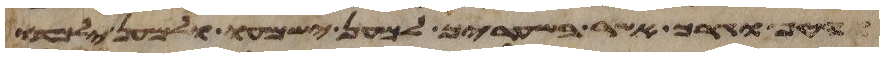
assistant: והטף וגרך אשר בשעריך למען ישמעו ולמען ילמדו